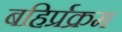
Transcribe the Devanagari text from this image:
बहिर्प्रक्रम